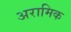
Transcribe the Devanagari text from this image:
अरामिक